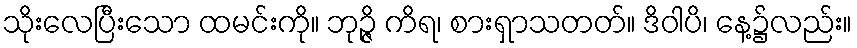
သိုးလေပြီးသော ထမင်းကို။ ဘုဉ္ဇိ ကိရ၊ စားရှာသတတ်။ ဒိဝါပိ၊ နေ့၌လည်း။